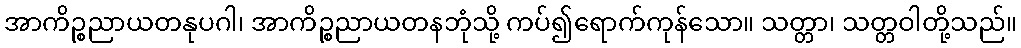
အာကိဉ္စညာယတနုပဂါ၊ အာကိဉ္စညာယတနဘုံသို့ ကပ်၍ရောက်ကုန်သော။ သတ္တာ၊ သတ္တဝါတို့သည်။